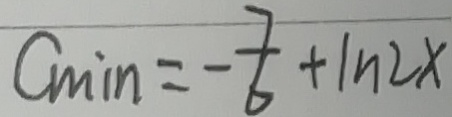
C _ { \min } = - \frac { 7 } { 6 } + \ln 2 x